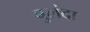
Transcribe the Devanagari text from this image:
बुलंदा